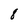
Character: 8